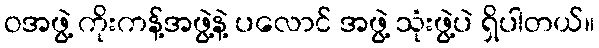
ဝအဖွဲ့ ကိုးကန့်အဖွဲ့နဲ့ ပလောင် အဖွဲ့ သုံးဖွဲ့ပဲ ရှိပါတယ်။